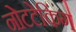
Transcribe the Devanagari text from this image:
नोटटेकिंग